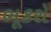
ભૂકરો